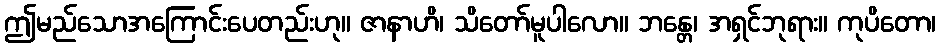
ဤမည်သောအကြောင်းပေတည်းဟု။ ဇာနာဟိ၊ သိတော်မူပါလော။ ဘန္တေ၊ အရှင်ဘုရား။ ကုပိတော၊